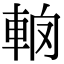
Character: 𨋦